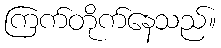
ကြက်တိုက်နေသည်။